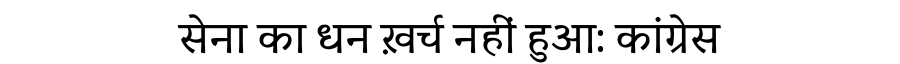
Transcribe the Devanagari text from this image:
सेना का धन ख़र्च नहीं हुआ: कांग्रेस